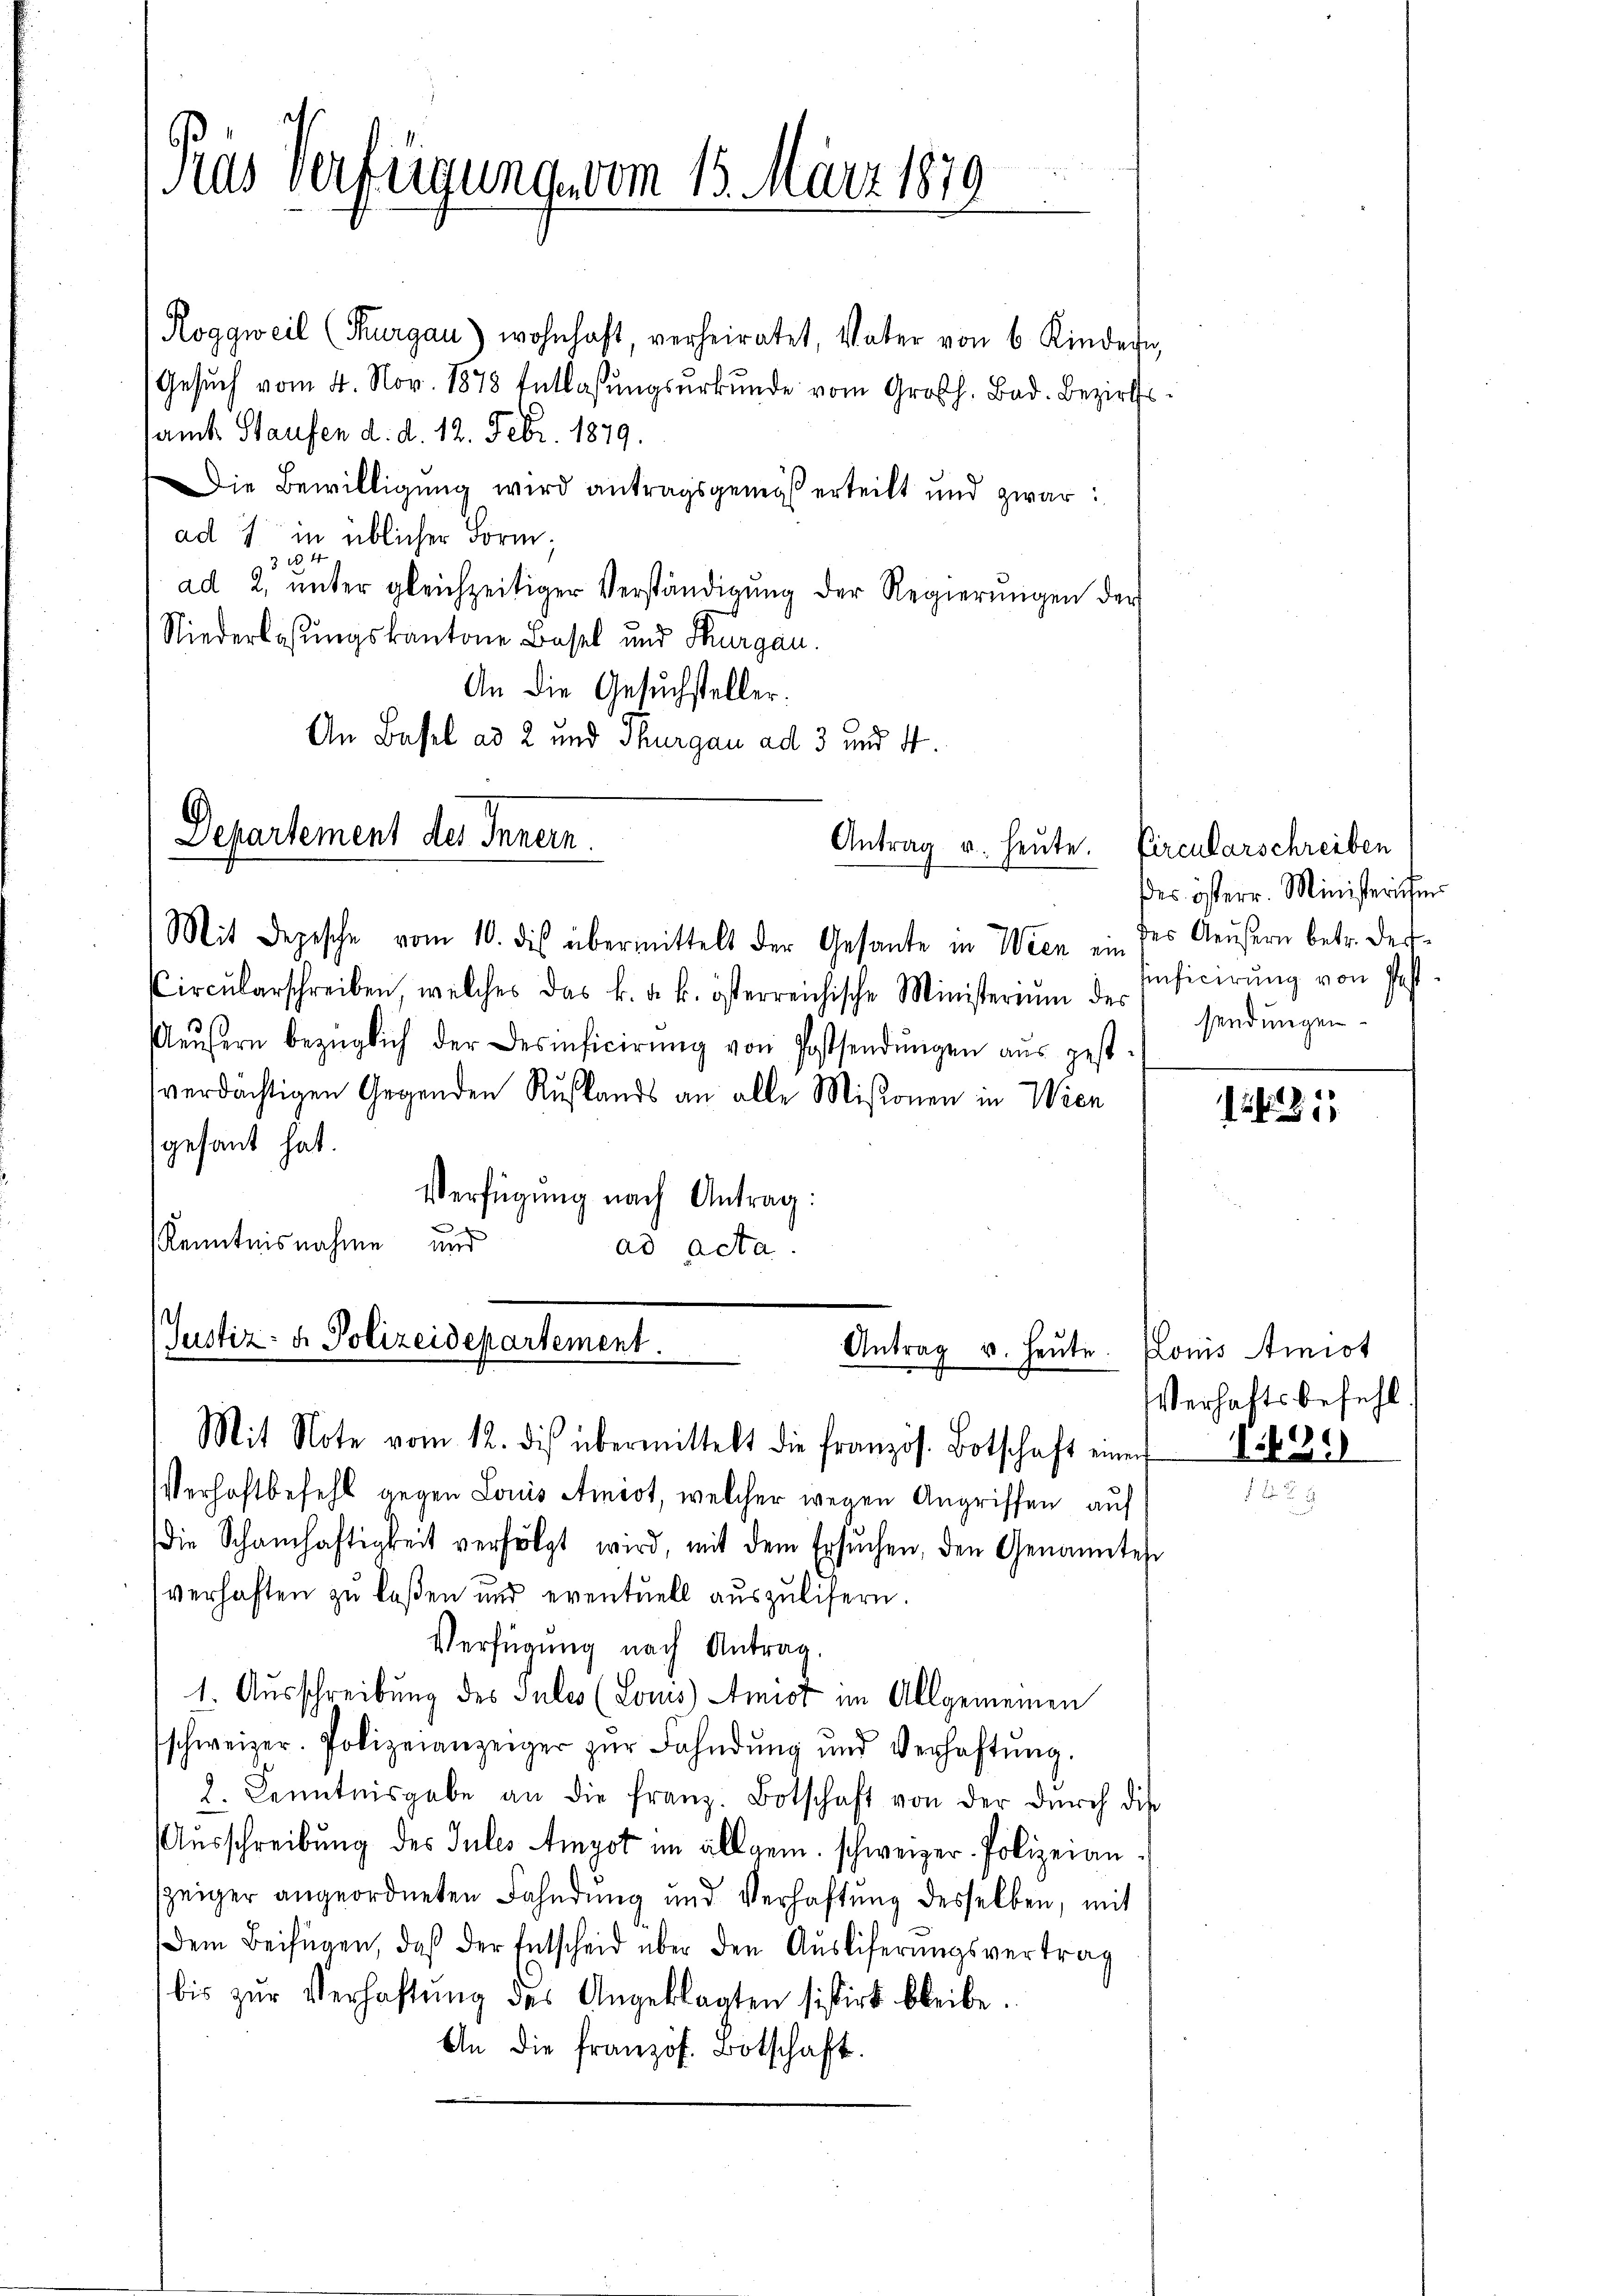
Pras Verfügung vom 15. März 1879

Departement des Innern.
Antrag u. heute. Circularschreiben

Mit Depesche vom 10. dis übermittelt der Gesante in Wien ein des Aeußern betr. des¬
Circŭlarschreiben, welches das k. u. k. österreichische Ministerium des
Aeŭsern bezüglich der Desinficierŭng von Postsendŭngen aŭs gest.
verdächtigen Gegenden Rußlands an alle Mißionen in Wien
gesant hat.
Verfügung nach Antrag:
.
Kenntnisnahme und
ad acta

(Justiz- & Polizeidepartement.

Roggweil (Thurgau) wohnhaft, verheiratet, Vater von 6 Kindern
Gesŭch vom 4. Nov. 1878 Entlassŭngsŭrkŭnde vom Großh. Bad. Bezirkssamt Staufen d. d. 12. Febr. 1879.
Die Bewilligung wird antragsgangs erteilt und zwar
ad 7 in üblicher Form,
334
ad 2., ŭnter gleichzeitiger Verständigŭng der Regierŭngen der
Niederlaßungskantone Basel und Thurgau.
An die Gesuchsteller.
An Basel ad 2 und Thurgau ad 3 und St.

Antrag u. Heute

Mit Note vom 12. des übermittelt die französ. Botschaft einer 1890
Verhaftbefehl gegen Louis Amist, welcher wegen Angriffen auf
die Schamhaftigkeit verfolgt wird, mit dem Ersuchen, den Genannten
verhaften zu laßen und eventuell auszulisern.
Verfügung nach Antrag.
1. Ausschreibung des Jules (Louis Amist im Allgemeinen
schweizer. Polizeianzeiger zŭr Fahndŭng und Verhaftŭng.
2. Kenntnisgabe an die franz. Botschaft von der dŭrch die
Ausschreibung des Jules Amgot im allgem. schweizer- Polizeian
zeiger angeordneten Fahndung und Verhaftung desselben, mit
Dem Beifügen, daß der Entscheid über den Ausliferungsvertrag
bis zŭr Verhaftung des Angeklagten sistirt bleibe.
An die französ. Botschaft.

a

des österr. Ministerium
Enficirung von Past
sendungen

121

Lonis Amist
Verhaftsbefehl